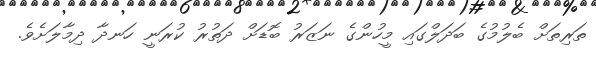
ތަރިތަށް ބެލުމުގެ ބަދަލްގައި މީހުންގެ ނަޒަރު ބޮޑަށް ދަތުރު ކުރަނީ ހަނދާ ދިމާލަށެވެ.